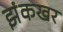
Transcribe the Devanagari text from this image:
झंकखर